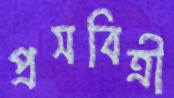
প্রসবিত্রী